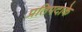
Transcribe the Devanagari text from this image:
प्रतिपदाके